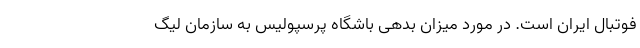
فوتبال ایران است. در مورد میزان بدهی باشگاه پرسپولیس به سازمان لیگ